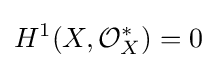
H^{1}(X,{\mathcal {O}}_{X}^{*})=0